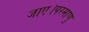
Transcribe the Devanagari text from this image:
जाए।परमाणु